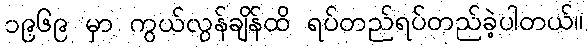
၁၉၆၉ မှာ ကွယ်လွန်ချိန်ထိ ရပ်တည်ရပ်တည်ခဲ့ပါတယ်။